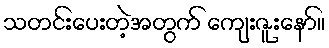
သတင်းပေးတဲ့အတွက် ကျေးဇူးနော်။